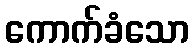
ကောက်ခံသော